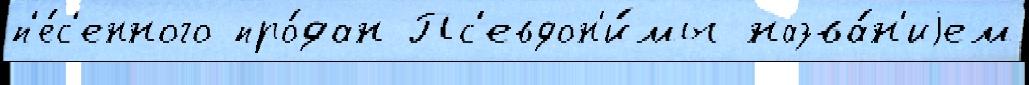
п'е́с'енного про́дан Пс'евдон'и́мы назва́н'иjем